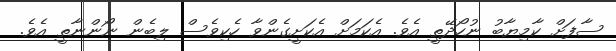
ސާފަށް ކާމިޔާބު ނުހޯދޭތީ އެވެ. އެކަމަށް އެކަށީގެންވާ ހެކިވެސް ލިބެން ނޯންނާތީ އެވެ.